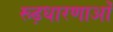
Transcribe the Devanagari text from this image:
रूढ़धारणाओं